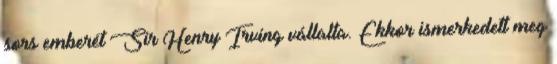
sors emberét Sir Henry Irving vállalta. Ekkor ismerkedett meg